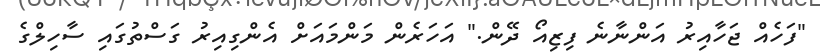
"ފަހެއް ޖަހާއިރު އަންނާނެ ފިޒިއޯ ދޭން." އަހަރެން މަންމައަށް އެންގިއިރު ގަސްތުގައި ސާހިލްގެ